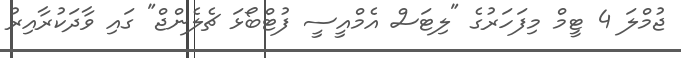
ޖުމްލަ 4 ޓީމް މިފަހަރުގެ "ލިޓަސް އެމްއީސީ ފުޓްބޯޅަ ޗެލެންޖް" ގައި ވާދަކުރާއިރު